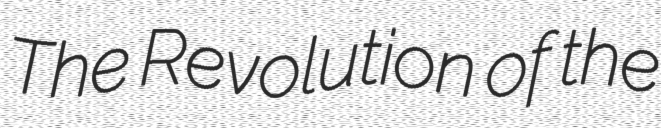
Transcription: The Revolution of the